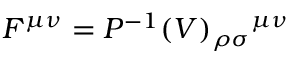
F ^ { \mu \nu } = { { \cal P } ^ { - 1 } ( V ) } _ { \rho \sigma } { } ^ { \mu \nu }